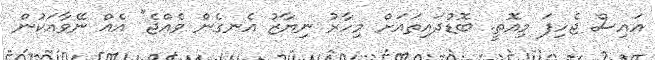
އައިސް ޖެހިފަ މިއޮތީ. ބޮޑުދައިތައަށް މިހާރު ނިޔާޒު އެނގެން ވެއްޖެ" އެއް ނޭވާއަކުން